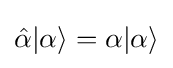
{\hat {\alpha }}|\alpha \rangle =\alpha |\alpha \rangle